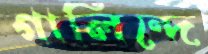
গার্লিন্দে